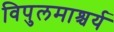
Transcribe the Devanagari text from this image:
विपुलमाश्चर्य